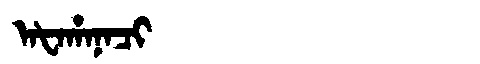
Manchu: ᠠᡶᠠᡥᠠᠨᠠᠴᡳ
Romanization: AFAHANACI